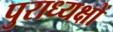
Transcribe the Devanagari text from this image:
पुराध्यक्षों